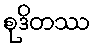
စုဒိတဿ